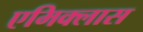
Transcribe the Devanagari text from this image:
एमिक्लास